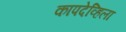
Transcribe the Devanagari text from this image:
कापदेव्हिला